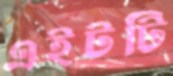
এইটটি